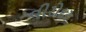
વીરોદર